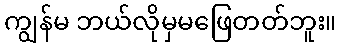
ကျွန်မ ဘယ်လိုမှမဖြေတတ်ဘူး။